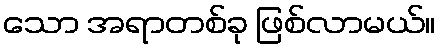
သော အရာတစ်ခု ဖြစ်လာမယ်။